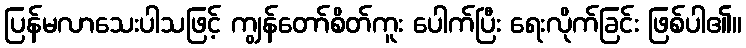
ပြန်မလာသေးပါသဖြင့် ကျွန်တော်စိတ်ကူး ပေါက်ပြီး ရေးလိုက်ခြင်း ဖြစ်ပါ၏။